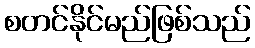
စတင်နိုင်မည်ဖြစ်သည်